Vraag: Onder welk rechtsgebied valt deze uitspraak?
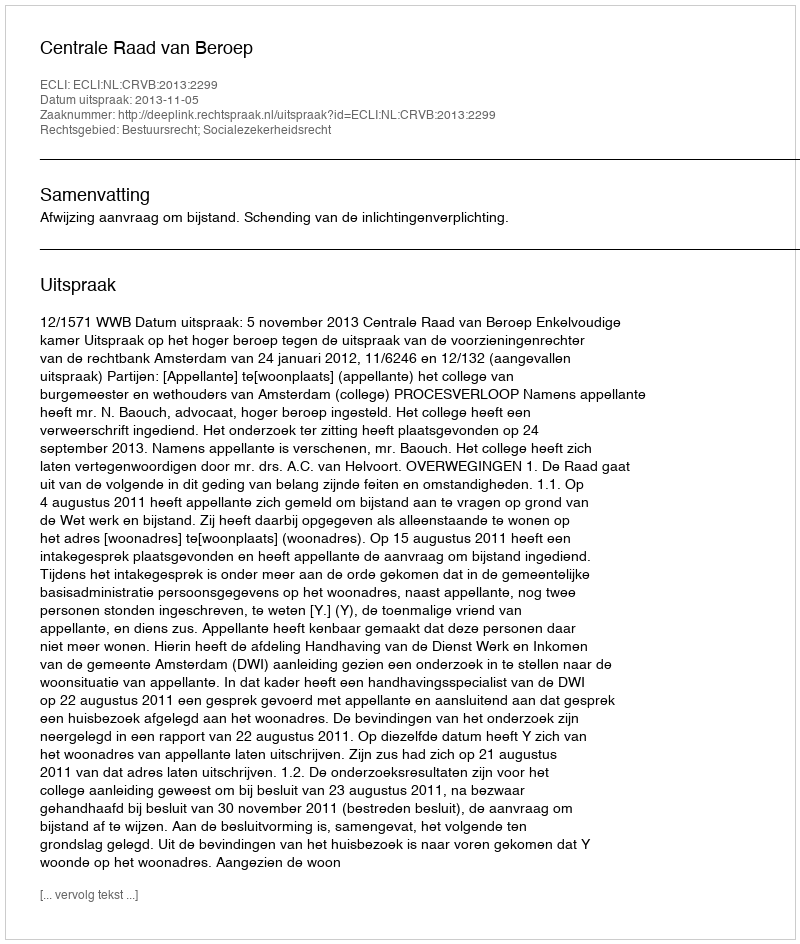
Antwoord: Bestuursrecht; Socialezekerheidsrecht